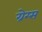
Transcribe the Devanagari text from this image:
ग्रेग्स